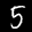
Label: 5